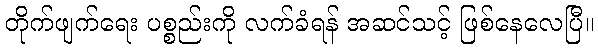
တိုက်ဖျက်ရေး ပစ္စည်းကို လက်ခံရန် အဆင်သင့် ဖြစ်နေလေပြီ။